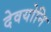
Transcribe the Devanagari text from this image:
देवयोनि